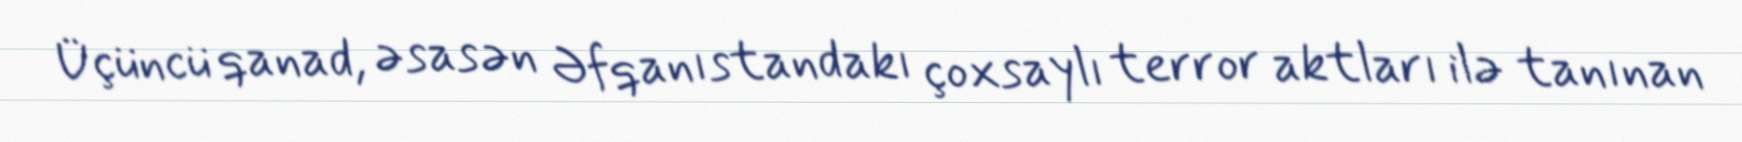
Üçüncü qanad, əsasən Əfqanıstandakı çoxsaylı terror aktları ilə tanınan